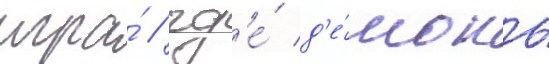
игра́ / гд'е́ д'е́моны